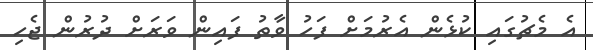
އެ މެޗުގައި ކުޅެން އެރުމަށް ފަހު ވާތު ފައިން ވަރަށް ދުރުން ޖެހި